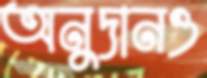
অনুদানও